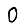
Digit: 0